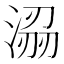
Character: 𭱟